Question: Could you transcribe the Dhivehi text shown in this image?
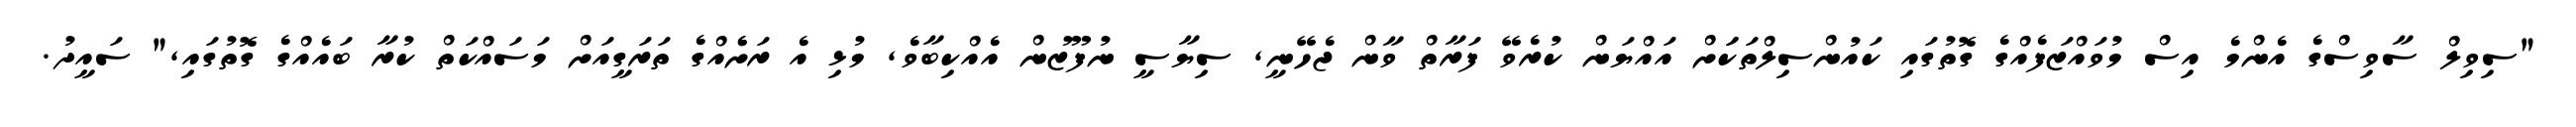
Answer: "ސިވިލް ސާވިސްގެ އެންމެ އިސް މުވައްޒަފެއްގެ ގޮތުގައި ކައުންސިލްތަކަަށް އައްޔަން ކުރެވޭ ފަރާތް ވާން ޖެހޭނީ, ސިޔާސީ ނުފޫޒުން އެއްކިބާވެ, މުޅި އެ ރަށެެއްގެ ތަރަގީއަށް މަސައްކަތް ކުރާ ބައެއްގެ ގޮތުގައި," ސައީދު.